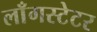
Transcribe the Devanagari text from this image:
लाँगस्टेटर